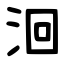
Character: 洄